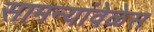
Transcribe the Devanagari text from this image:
सामन्यांवेळेस